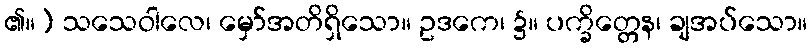
၏။) သသေဝါလေ၊ မှော်အတိရှိသော။ ဥဒကေ၊ ၌။ ပက္ခိတ္တေန၊ ချအပ်သော။